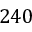
2 4 0